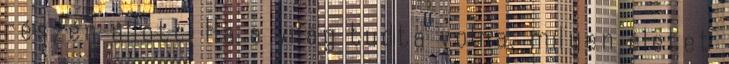
részén állott. Ha a világ tudta volna, milyen életet